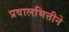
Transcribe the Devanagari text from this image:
प्रवालभित्तीने